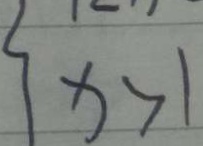
x > 1